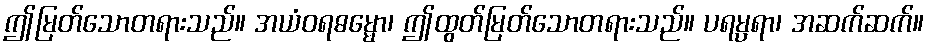
ဤမြတ်သောတရားသည်။ အယံဝရဓမ္မော၊ ဤထွတ်မြတ်သောတရားသည်။ ပရမ္ပရာ၊ အဆက်ဆက်။